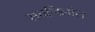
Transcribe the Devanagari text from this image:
सतर्निलोस